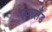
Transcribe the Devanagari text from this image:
एवरलैंड